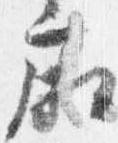
廂